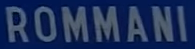
ROMMANI